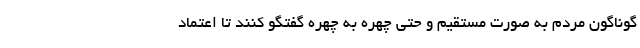
گوناگون مردم به صورت مستقیم و حتی چهره به چهره گفتگو کنند تا اعتماد